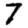
Digit: 7